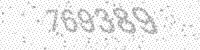
Solution: 769389